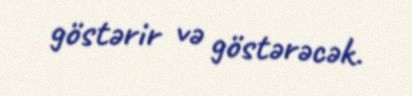
göstərir və göstərəcək.